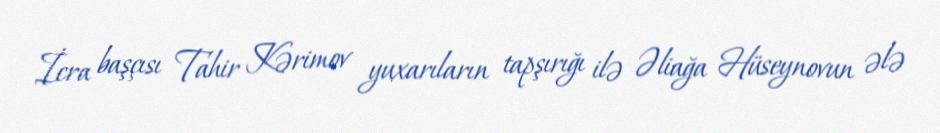
İcra başçısı Tahir Kərimov yuxarıların tapşırığı ilə Əliağa Hüseynovun ələ